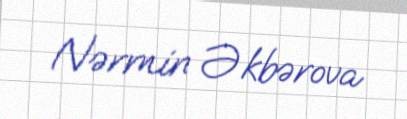
Nərmin Əkbərova